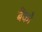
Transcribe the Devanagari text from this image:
बैंकौ